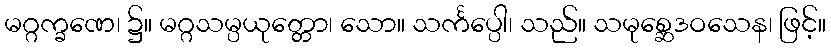
မဂ္ဂက္ခဏေ၊ ၌။ မဂ္ဂသမ္ပယုတ္တော၊ သော။ သင်္ကပ္ပေါ၊ သည်။ သမုစ္ဆေဒဝသေန၊ ဖြင့်။